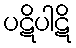
ပဋိပါဋိ